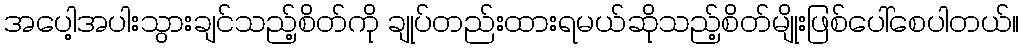
အပေါ့အပါးသွားချင်သည့်စိတ်ကို ချုပ်တည်းထားရမယ်ဆိုသည့်စိတ်မျိုးဖြစ်ပေါ်စေပါတယ်။